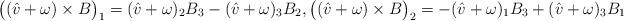
LaTeX: \begin{align*}\big((\hat{v}+\omega) \times B \big)_1= (\hat{v}+\omega)_2 B_3 - (\hat{v}+\omega)_3 B_2, \big((\hat{v}+\omega) \times B \big)_2=- (\hat{v}+\omega)_1 B_3 +(\hat{v}+\omega)_3 B_1\end{align*}